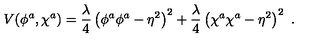
V ( \phi ^ { a } , \chi ^ { a } ) = \frac { \lambda } 4 \left( \phi ^ { a } \phi ^ { a } - \eta ^ { 2 } \right) ^ { 2 } + \frac { \lambda } 4 \left( \chi ^ { a } \chi ^ { a } - \eta ^ { 2 } \right) ^ { 2 } \ .